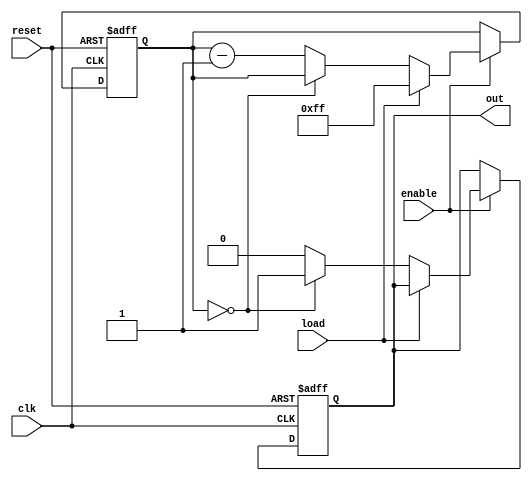
module CountdownTimer (
    input wire clk,
    input wire reset,
    input wire enable,
    input wire load,
    output reg out
);

reg [7:0] count;

always @(posedge clk or posedge reset) begin
    if (reset) begin
        count <= 8'b0;
        out <= 1'b0;
    end else if (enable) begin
        if (load) begin
            count <= 8'b11111111;
        end else begin
            if (count == 8'b0) begin
                out <= 1'b1;
            end else begin
                count <= count - 1;
                out <= 1'b0;
            end
        end
    end
end

endmodule